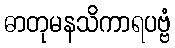
ဓာတုမနသိကာရပဗ္ဗံ